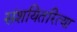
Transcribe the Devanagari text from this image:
संशयितरित्या